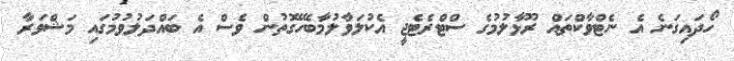
ހޯދައިގަނެ އެ ނެޓްވާކްތައް ރޫޅާލުމުގެ ސްޓްރެޓެޖީ އެކުލަވާލުމާބެހޭގޮތުން ވެސް އެ ބައްދަލުވުމުގައި މަޝްވަރާ